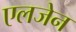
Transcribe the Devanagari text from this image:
एलजेन